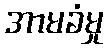
အာမခံမှု